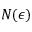
N ( \epsilon )